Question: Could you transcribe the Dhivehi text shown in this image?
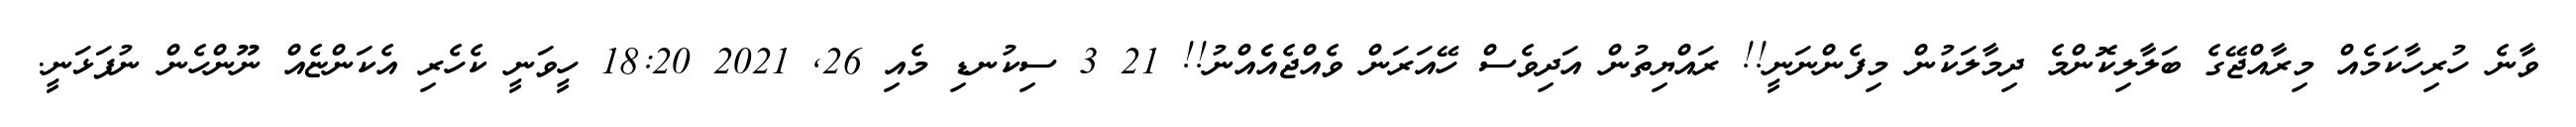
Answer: ވާނެ ހުރިހާކަމެއް މިރާއްޖޭގެ ބަލާލިކޮންމެ ދިމާލަކުން މިފެންނަނީ!! ރައްޔިތުން އަދިވެސް ހޭއަރަން ވެއްޖެއެެއްނު!! 21 3 ސިކުނޑި މެއި 26, 2021 18:20 ހީވަނީ ކެހެރި އެކަންޏެއް ނޫންހެން ނުފަޅަނީ.